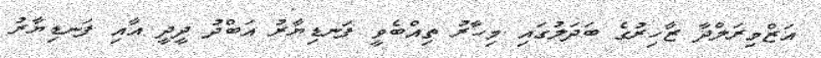
އަޒްމިރަލްދާ ޒާހިރުގެ ބަދަލުގައި މިހާރު ތިއްބެވީ ފަނޑިޔާރު އަބްދު ދީދީ އާއި ފަނޑިޔާރު